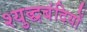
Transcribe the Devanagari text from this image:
श्युद्धबंदियों